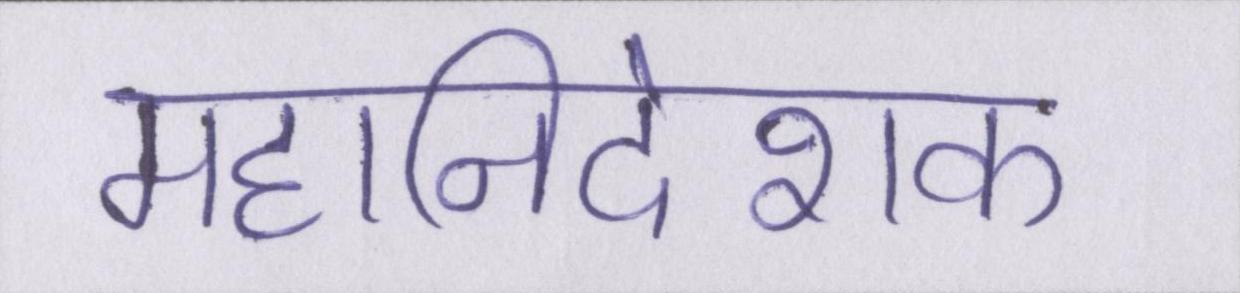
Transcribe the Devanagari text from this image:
महानिदेशक